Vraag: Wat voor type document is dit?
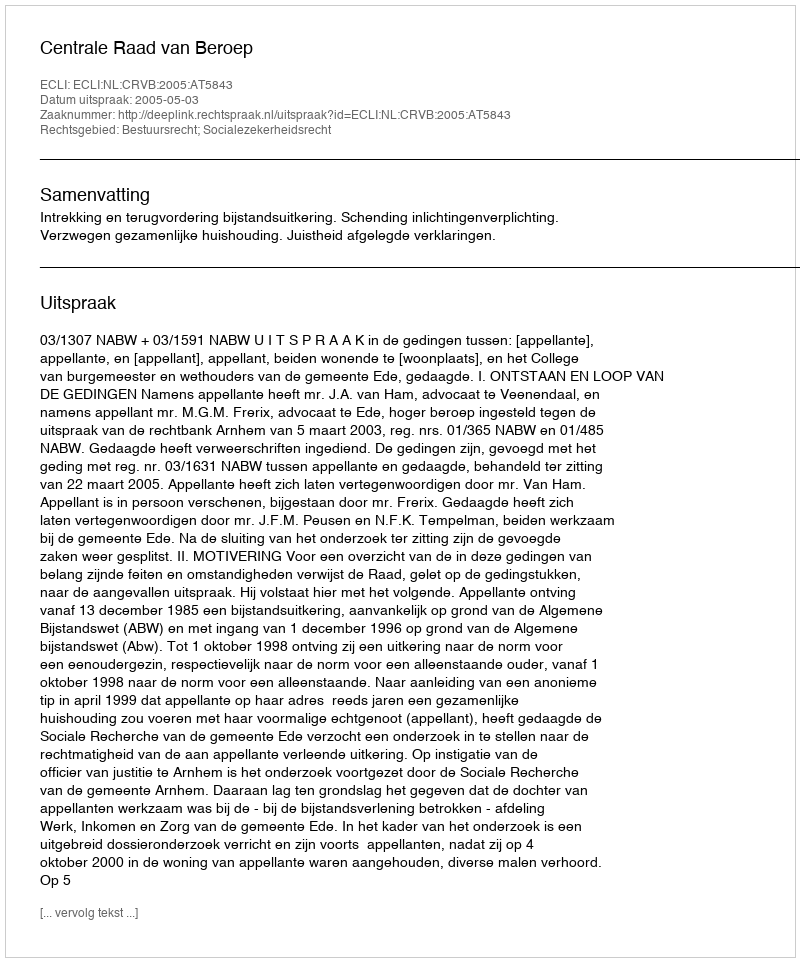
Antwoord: Uitspraak